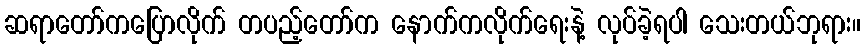
ဆရာတော်ကပြောလိုက် တပည့်တော်က နောက်ကလိုက်ရေးနဲ့ လုပ်ခဲ့ရပါ သေးတယ်ဘုရား။